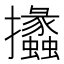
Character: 攭